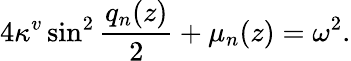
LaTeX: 4\kappa^{v}\sin^{2}\frac{q_{n}(z)}{2}+\mu_{n}(z)=\omega^{2}.